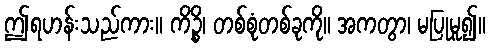
ဤရဟန်းသည်ကား။ ကိဉ္စိ၊ တစ်စုံတစ်ခုကို။ အကတွာ၊ မပြုမူ၍။